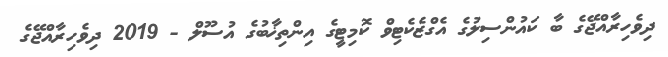
ދިވެހިރާއްޖޭގެ ބާ ކައުންސިލުގެ އެގްޒެކެޓިވް ކޮމިޓީގެ އިންތިޚާބުގެ އުސޫލް - 2019 ދިވެހިރާއްޖޭގެ